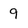
Character: 9